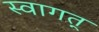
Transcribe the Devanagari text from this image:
स्वागत्